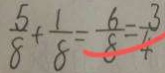
\frac { 5 } { 8 } + \frac { 1 } { 8 } = \frac { 6 } { 8 } = \frac { 3 } { 4 }